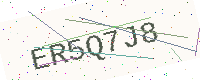
Text: ER5Q7J8